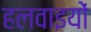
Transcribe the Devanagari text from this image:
हलवाइयों